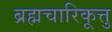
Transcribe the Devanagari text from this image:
ब्रह्मचारिकूत्तु